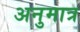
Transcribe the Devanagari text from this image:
अनुमात्र